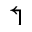
\Lsh